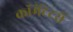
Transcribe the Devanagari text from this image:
कॉमेंटेटरों